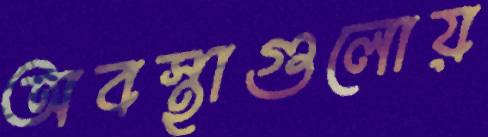
অবস্থাগুলোয়